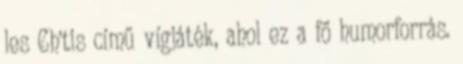
les Ch'tis című vígjáték, ahol ez a fő humorforrás.